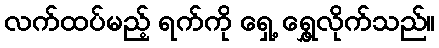
လက်ထပ်မည့် ရက်ကို ရှေ့ ရွှေ့လိုက်သည်။